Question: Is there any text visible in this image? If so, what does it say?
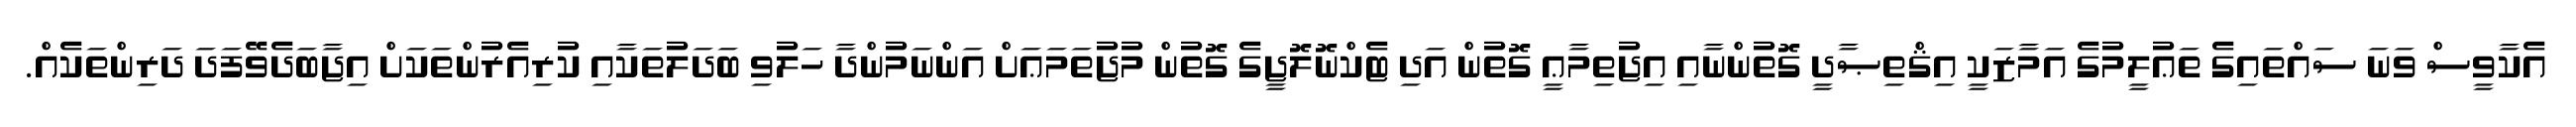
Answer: އެކާވީސް ވަނަ ސައްތައިގެ ތަޢުލީމުގެ އަމާޒަކީ އިޤްތިޞާދީ ގޮތުންނާއި އިޖުތިމާޢީ ގޮތުން އަދި ޓެކްނޮލޮޖީގެ ގޮތުން މުޖުތަމަޢަށް އަންނަމުންދާ ހަލުވި ބަދަލުތަކާއި ކުރިއެރުންތަކަށް އިޖާބަދެވޭފަދަ ދަރިންތަކެއް.